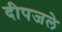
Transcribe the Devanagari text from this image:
दीपजले